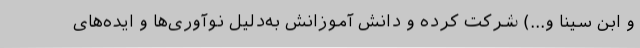
و ابن سینا و...) شرکت کرده و دانش آموزانش به‌دلیل نوآوری‌ها و ایده‌های